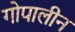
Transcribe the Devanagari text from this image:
गोपालीन